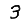
Digit: 3